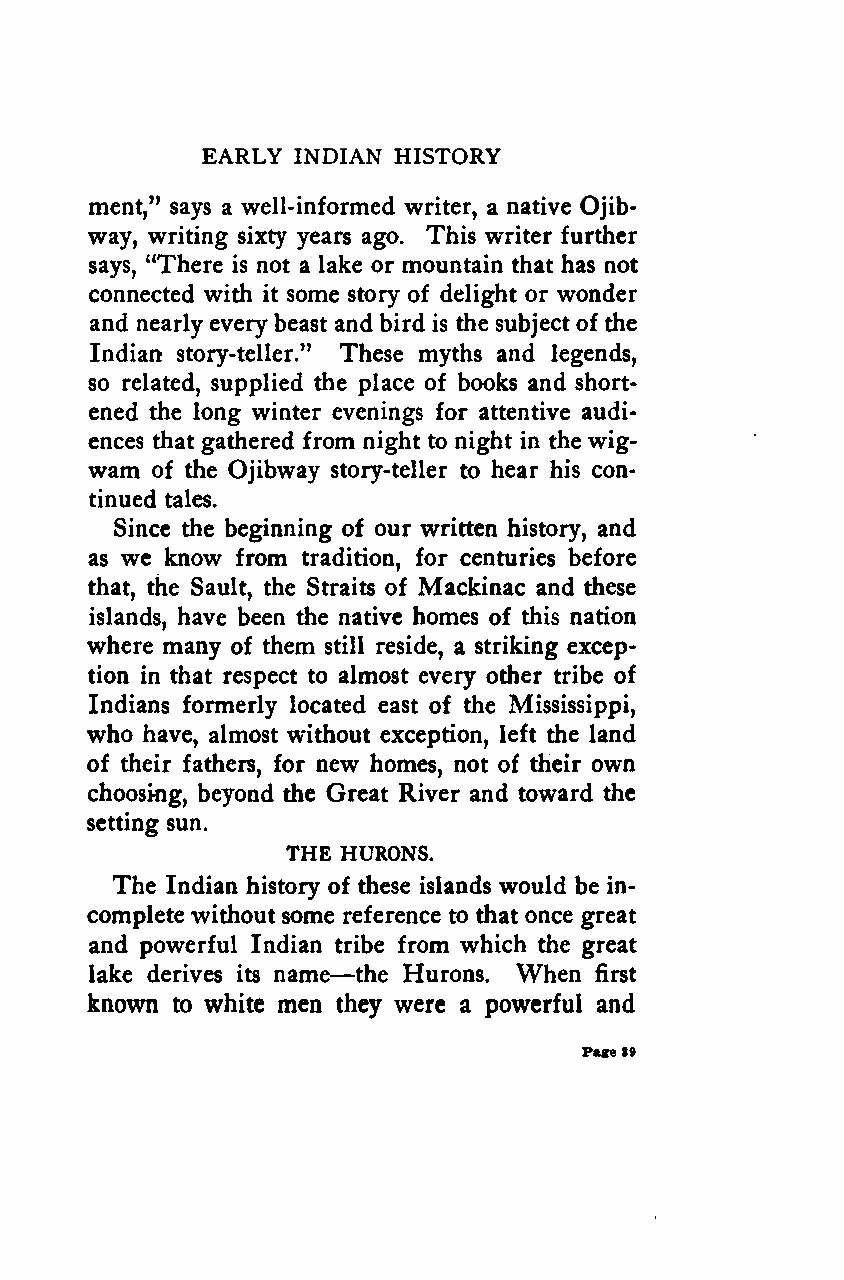
EARLY INDIAN HISTORY
 ment," says a well-informed writer, a native Ojib-
 way, writing sixty years ago. This writer further
 says, "There is not a lake or mountain that has not
 connected with it some story of delight or wonder
 and nearly every beast and bird is the subject of the
 Indian story-teller." These myths and legends,
 so related, supplied the place of books and short-
 ened the long winter evenings for attentive audi-
 ences that gathered from night to night in the wig-
 wam of the Ojibway story-teller to hear his con-
 tinued tales.
 Since the beginning of our written history, and
 as we know from tradition, for centuries before
 that, the Sault, the Straits of Mackinac and these
 islands, have been the native homes of this nation
 where many of them still reside, a striking excep-
 tion in that respect to almost every other tribe of
 Indians formerly located east of the Mississippi,
 who have, almost without exception, left the land
 of their fathers, for new homes, not of their own
 choosing, beyond the Great River and toward the
 setting sun.
 THE HURONS.
 The Indian history of these islands would be in-
 complete without some reference to that once great
 and powerful Indian tribe from which the great
 —
 lake derives its name the Hurons. When first
 known to white men they were a powerful and
 Page39
 Google
 Digitizedby